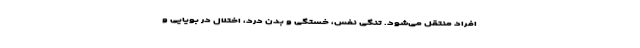
افراد منتقل می‌شود. تنگی نفس، خستگی و بدن درد، اختلال در بویایی و